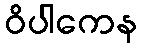
ဝိပါကေန